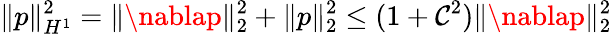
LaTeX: \| p\| _{H^{1}}^{2}=\| \nablap\| _{2}^{2}+\| p\| _{2}^{2}\leq(1+\mathcal{C}^{2})\| \nablap\| _{2}^{2}